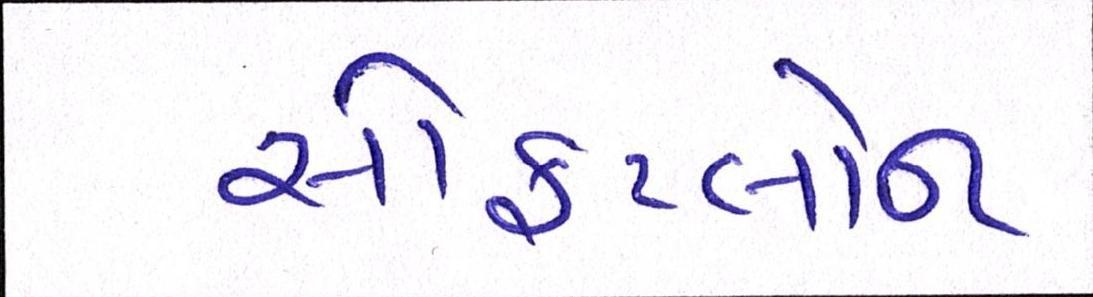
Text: સોફટલોન